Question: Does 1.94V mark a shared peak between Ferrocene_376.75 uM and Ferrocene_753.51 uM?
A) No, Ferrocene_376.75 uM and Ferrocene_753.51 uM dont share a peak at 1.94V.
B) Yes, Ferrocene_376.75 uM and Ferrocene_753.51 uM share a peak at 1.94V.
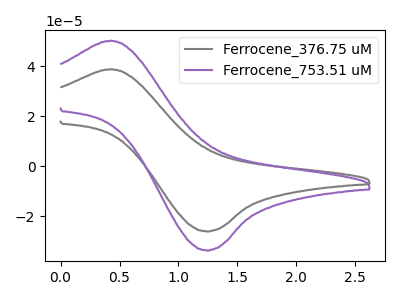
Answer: <think>The gray curve "Ferrocene_376.75 uM" has an anodic peak at (0.45V, 38.90uA) and a cathodic peak at (1.25V, -25.90uA). The purple curve "Ferrocene_753.51 uM" has an anodic peak at (0.45V, 50.30uA) and a cathodic peak at (1.25V, -33.50uA).</think>
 <answer>A) No, "Ferrocene_376.75 uM" and "Ferrocene_753.51 uM" dont share a peak at 1.94V.</answer>
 <eval>A</eval>